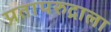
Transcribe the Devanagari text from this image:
प्रतापरुद्राला